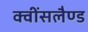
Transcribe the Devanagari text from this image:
क्वींसलैण्ड